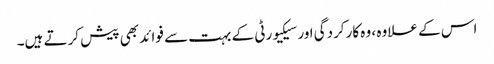
اس کے علاوہ ، وہ کارکردگی اور سیکیورٹی کے بہت سے فوائد بھی پیش کرتے ہیں۔